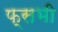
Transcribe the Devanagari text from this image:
फ्सभी